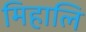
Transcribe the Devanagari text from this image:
मिहालि